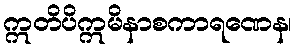
ဣတိပိဣမိနာစကာရဏေန၊